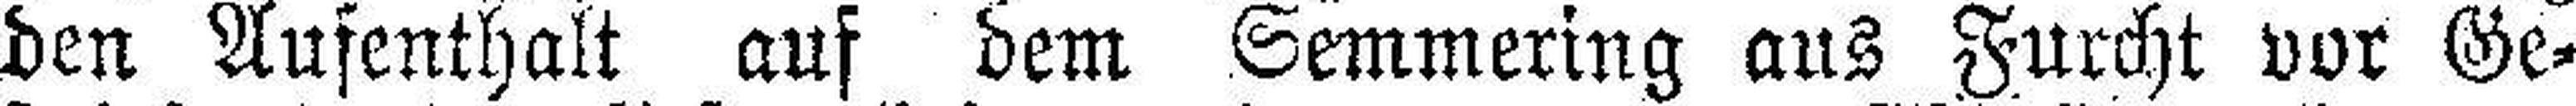
den Aufenthalt auf dem Semmering aus Furcht vor Ge¬